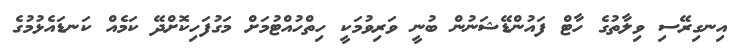
އިނގިރޭސި ވިލާތުގެ ހާޓް ފައުންޑޭޝަނުން ބުނީ ވަރިވުމަކީ ހިތްހުއްޓުމަށް މަގުފަހިކޮށްދޭ ކަމެއް ކަނޑައެޅުމުގެ